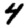
Digit: 4